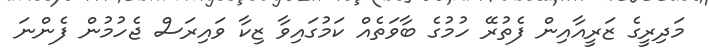
މަދިރީގެ ޒަރީއާއިން ފެތުރޭ ހުމުގެ ބާވަތެއް ކަމުގައިވާ ޒިކާ ވައިރަސް ޖެހުމުން ފެންނަ